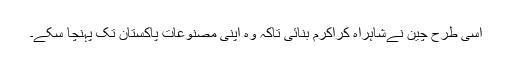
اسی طرح چین نےشاہراہ کراکرم بنائی تاکہ وہ اپنی مصنوعات پاکستان تک پہنچا سکے۔